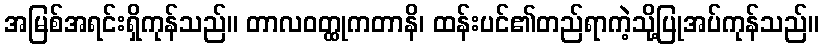
အမြစ်အရင်းရှိကုန်သည်။ တာလဝတ္ထုကတာနိ၊ ထန်းပင်၏တည်ရာကဲ့သို့ပြုအပ်ကုန်သည်။